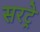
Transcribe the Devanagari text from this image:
सरट्रे